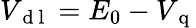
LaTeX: V_{\mathrm{~d~l~}}=E_{0}-V_{\mathrm{~q~}}